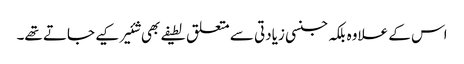
اس کے علاوہ بلکہ جنسی زیادتی سے متعلق لطیفے بھی شئیر کیے جاتے تھے۔